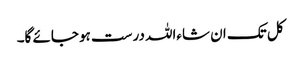
کل تک ان شاءاللہ درست ہو جائے گا۔